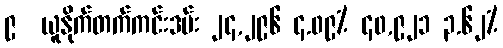
၉  ယူနိုက်တက်ကင်းဒမ်း ၂၄,၂၉၆ ၄.၀၉% ၄၀,၉၂၁ ၃.၆၂%